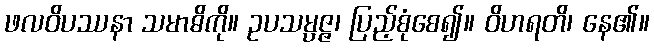
ဖလဝိပဿနာ သမာဓိကို။ ဥပသမ္ပဇ္ဇ၊ ပြည့်စုံစေ၍။ ဝိဟရတိ၊ နေ၏။